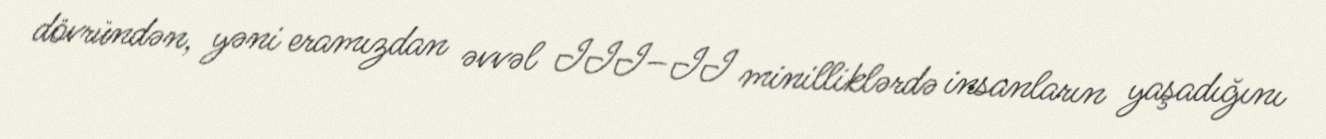
dövründən, yəni eramızdan əvvəl III–II minilliklərdə insanların yaşadığını